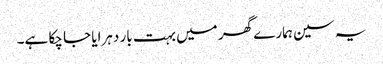
یہ سین ہمارے گھر میں بہت بار دہرایا جا چکا ہے۔